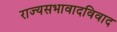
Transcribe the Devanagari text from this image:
राज्यसभावादविवाद